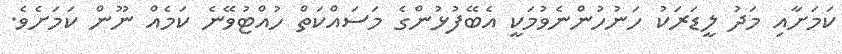
ކަމަށާއި މަދު ލީޑަރަކު ހަނުހުންނެވުމަކީ އެބޭފުޅުންގެ މަސައްކަތް ހުއްޓުވޭނެ ކަމެއް ނޫން ކަމަށެވެ.